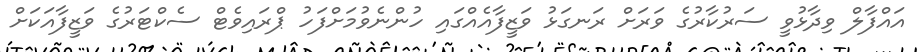
އައްފާލް ވިދާޅުވީ ސަރުކާރުގެ ވަރަށް ރަނގަޅު ވަޒީފާއެއްގައި ހުންނެވުމަށްފަހު ޕްރައިވެޓް ސެކްޓަރުގެ ވަޒީފާއަކަށް